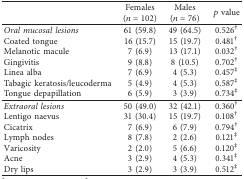
|  | Females (n=102) | Males (n=76) | p value |
 | --- | --- | --- | --- |
 | Oral mucosal lesions | 61 (59.8) | 49 (64.5) | 0.526† |
 | Coated tongue | 16 (15.7) | 15 (19.7) | 0.481† |
 | Melanotic macule | 7 (6.9) | 13 (17.1) | 0.032† |
 | Gingivitis | 9 (8.8) | 8 (10.5) | 0.702† |
 | Linea alba | 7 (6.9) | 4 (5.3) | 0.457‡ |
 | Tabagic keratosis/leucoderma | 5 (4.9) | 4 (5.3) | 0.587‡ |
 | Tongue depapillation | 6 (5.9) | 3 (3.9) | 0.734‡ |
 | Extraoral lesions | 50 (49.0) | 32 (42.1) | 0.360† |
 | Lentigo naevus | 31 (30.4) | 15 (19.7) | 0.108† |
 | Cicatrix | 7 (6.9) | 6 (7.9) | 0.794† |
 | Lymph nodes | 8 (7.8) | 2 (2.6) | 0.121‡ |
 | Varicosity | 2 (2.0) | 5 (6.6) | 0.120‡ |
 | Acne | 3 (2.9) | 4 (5.3) | 0.341‡ |
 | Dry lips | 3 (2.9) | 3 (3.9) | 0.512‡ |